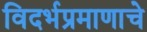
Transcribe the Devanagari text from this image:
विदर्भप्रमाणाचे